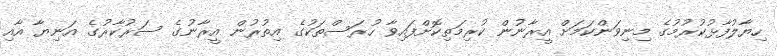
ހިޔާލުފާޅުކުރުމުގެ މިނިވަންކަމަށް އީރާނުން ކުރިމަތިކޮށްފައިވާ ހުރަސްތަކުގެ އިތުރުން އީރާނުގެ ސަރުކާރުގެ އަނިޔާ އާއި